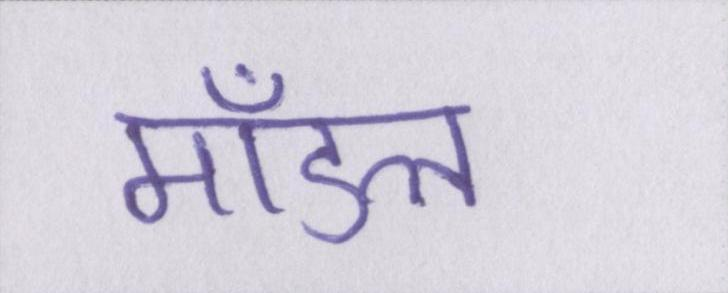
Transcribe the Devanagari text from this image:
मॉडल